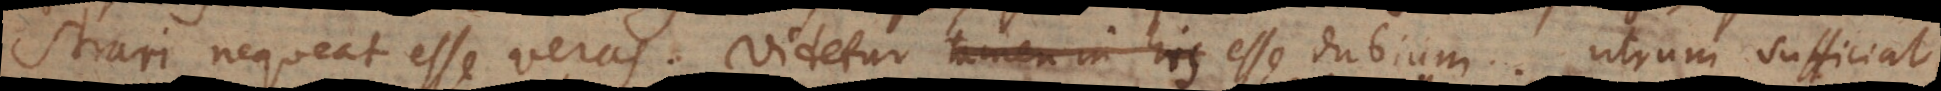
strari nequeat esse veras. Videtur tamen in his esse dubium, utrum sufficiat